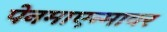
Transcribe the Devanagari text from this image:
पेनमाएन्मावर